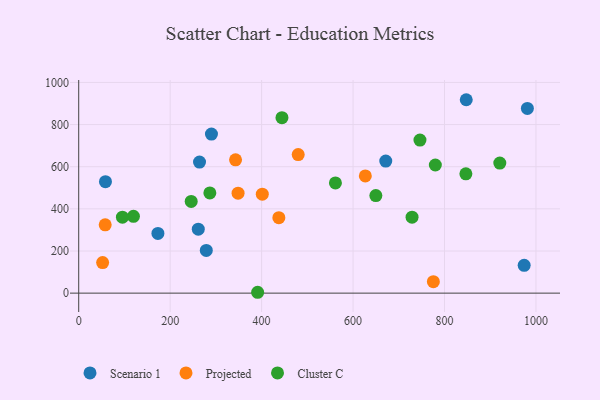
{"axis": {"x": "Distance", "y": "Rating"}, "legend": ["Cluster C", "Projected", "Scenario 1"], "data": [{"x": "279.0", "y": 202.5, "type": "Scenario 1"}, {"x": "671.5", "y": 626.6, "type": "Scenario 1"}, {"x": "261.5", "y": 303.7, "type": "Scenario 1"}, {"x": "981.2", "y": 876.5, "type": "Scenario 1"}, {"x": "264.2", "y": 621.9, "type": "Scenario 1"}, {"x": "173.2", "y": 283.2, "type": "Scenario 1"}, {"x": "290.3", "y": 754.9, "type": "Scenario 1"}, {"x": "974.2", "y": 132.2, "type": "Scenario 1"}, {"x": "847.5", "y": 917.9, "type": "Scenario 1"}, {"x": "58.5", "y": 529.0, "type": "Scenario 1"}, {"x": "343.0", "y": 632.9, "type": "Projected"}, {"x": "775.6", "y": 54.2, "type": "Projected"}, {"x": "480.0", "y": 657.5, "type": "Projected"}, {"x": "57.9", "y": 324.0, "type": "Projected"}, {"x": "52.3", "y": 145.1, "type": "Projected"}, {"x": "626.8", "y": 556.2, "type": "Projected"}, {"x": "401.5", "y": 469.8, "type": "Projected"}, {"x": "437.7", "y": 357.9, "type": "Projected"}, {"x": "348.5", "y": 474.6, "type": "Projected"}, {"x": "246.0", "y": 435.2, "type": "Cluster C"}, {"x": "746.3", "y": 726.6, "type": "Cluster C"}, {"x": "561.4", "y": 522.9, "type": "Cluster C"}, {"x": "119.7", "y": 364.4, "type": "Cluster C"}, {"x": "729.0", "y": 360.6, "type": "Cluster C"}, {"x": "391.3", "y": 4.1, "type": "Cluster C"}, {"x": "920.9", "y": 617.1, "type": "Cluster C"}, {"x": "95.6", "y": 360.6, "type": "Cluster C"}, {"x": "779.9", "y": 608.1, "type": "Cluster C"}, {"x": "286.8", "y": 475.5, "type": "Cluster C"}, {"x": "444.5", "y": 832.9, "type": "Cluster C"}, {"x": "649.8", "y": 462.8, "type": "Cluster C"}, {"x": "846.7", "y": 566.3, "type": "Cluster C"}]}